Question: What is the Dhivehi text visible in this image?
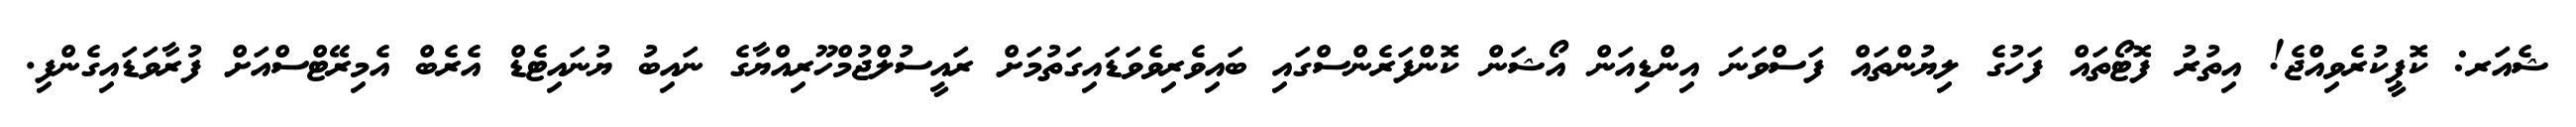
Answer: ޝެއަރ: ކޮޕީކުރެވިއްޖެ! އިތުރު ފޮޓޯތައް ފަހުގެ ލިޔުންތައް ފަސްވަނަ އިންޑިއަން އޯޝަން ކޮންފަރެންސްގައި ބައިވެރިވެވަޑައިގަތުމަށް ރައީސުލްޖުމްހޫރިއްޔާގެ ނައިބު ޔުނައިޓެޑް އެރެބް އެމިރޭޓްސްއަށް ފުރާވަޑައިގެންފި.